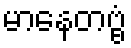
မာနေတဗ္ဗံ